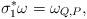
LaTeX: \begin{align*}\sigma_{1}^{*}\omega=\omega_{Q,P},\end{align*}